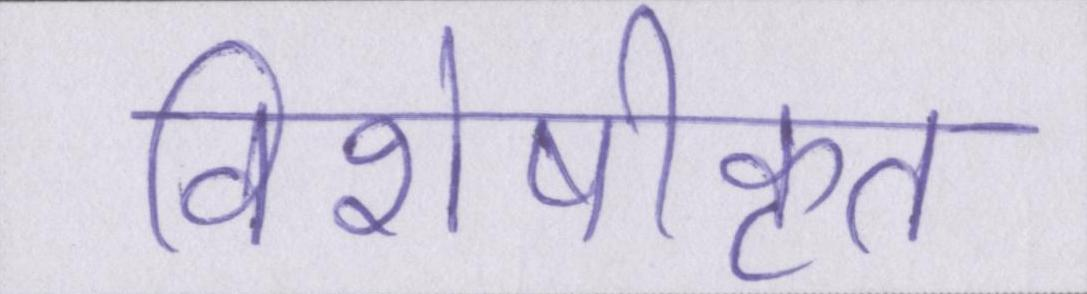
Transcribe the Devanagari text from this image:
विशेषीकृत